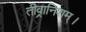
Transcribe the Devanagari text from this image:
तीव्रानिशम्।